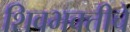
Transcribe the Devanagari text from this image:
शिवभक्तीचे